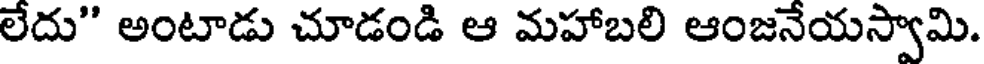
లేదు" అంటాడు చూడండి ఆ మహాబలి ఆంజనేయస్వామి.